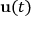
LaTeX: { \mathbf { u } } ( t )